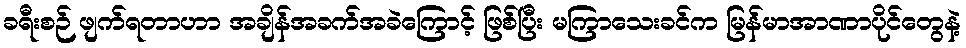
ခရီးစဉ် ဖျက်ရတာဟာ အချိန်အခက်အခဲကြောင့် ဖြစ်ပြီး မကြာသေးခင်က မြန်မာအာဏာပိုင်တွေနဲ့